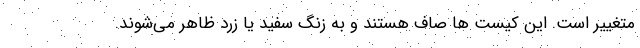
متغییر است. این کیست ها صاف هستند و به زنگ سفید یا زرد ظاهر می‌شوند.